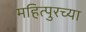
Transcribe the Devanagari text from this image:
महित्पुरच्या